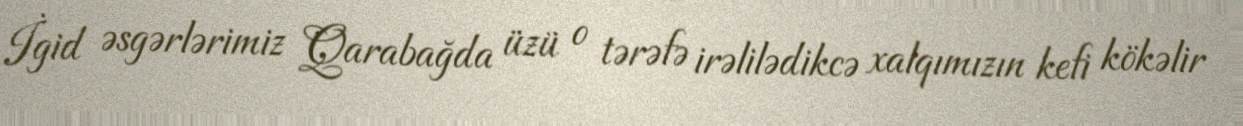
İgid əsgərlərimiz Qarabağda üzü o tərəfə irəlilədikcə xalqımızın kefi kökəlir